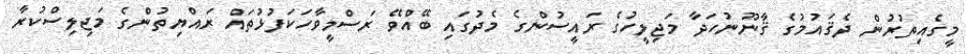
މީގެއިތުރުން ދެޤައުމުގެ ޤާނޫނުހަދާ މަޖިލީހުގެ ރައީސުންގެ މެދުގައި ބޭއްވޭ ރަސްމީވާހަކަފުޅުތައް ރައްޔިތުންގެ މަޖިލިސްކުރާ